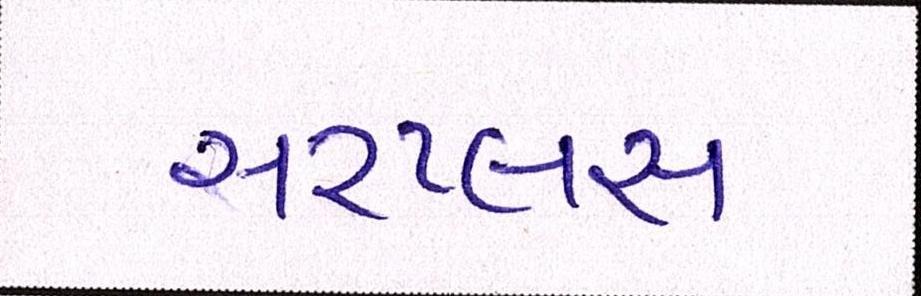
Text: સરપ્લસ